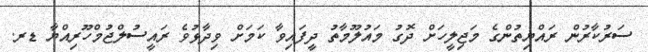
ސަރުކާރުން ރައްޔިތުންގެ މަޖިލީހަށް ދޮގު މައުލޫމާތު ދީފައިވާ ކަމަށް ވިދާޅުވެ ރައީސުލްޖުމްހޫރިއްޔާ ޑރ.